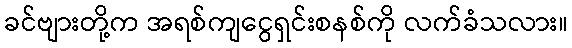
ခင်ဗျားတို့က အရစ်ကျငွေရှင်းစနစ်ကို လက်ခံသလား။